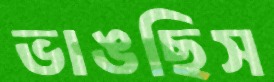
ভাঙছিস